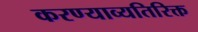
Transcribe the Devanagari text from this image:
करण्याव्यतिरिक्त